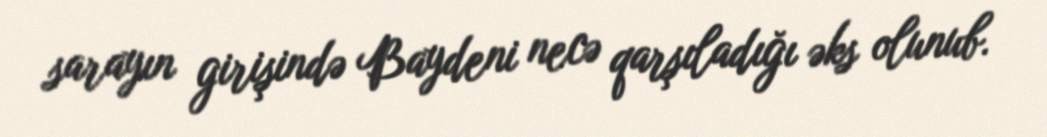
sarayın girişində Baydeni necə qarşıladığı əks olunub.